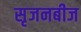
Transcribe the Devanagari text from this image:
सृजनबीज